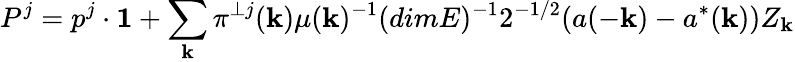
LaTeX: P^{j}=p^{j}\cdot{\mathbf 1}+\sum_{\mathbf k}\pi^{\perp j}({\mathbf k})\mu({\mathbf k})^{-1}(dimE)^{-1}2^{-1/2}(a(-{\mathbf k})-a^{*}({\mathbf k}))Z_{\mathbf k}